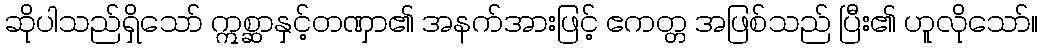
ဆိုပါသည်ရှိသော် ဣစ္ဆာနှင့်တဏှာ၏ အနက်အားဖြင့် ဧကတ္တ အဖြစ်သည် ပြီး၏ ဟူလိုသော်။